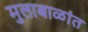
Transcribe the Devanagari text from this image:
मुलाबाळांत